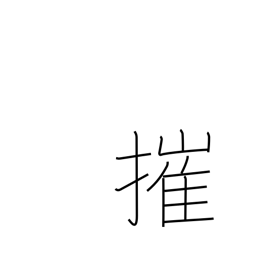
Meaning: smash